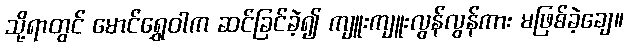
သို့ရာတွင် မောင်ရွှေဝါက ဆင်ခြင်ခဲ့၍ ကျူးကျူးလွန်လွန်ကား မဖြစ်ခဲ့ချေ။